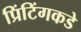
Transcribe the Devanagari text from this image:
प्रिंटिंगकडे